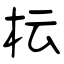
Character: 枟